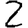
Digit: 2